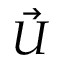
\vec { U }